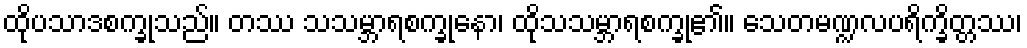
ထိုပသာဒစက္ခုသည်။ တဿ သသမ္ဘာရစက္ခုနော၊ ထိုသသမ္ဘာရစက္ခု၏။ သေတမဏ္ဍလပရိက္ခိတ္တဿ၊